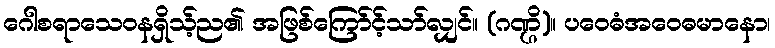
ဂေါစရာသေဝနရှိသ့်ည၏ အဖြစ်ကြော်င့်သာ်လျှင်။ (ဂဏ္ဌိ)။ ပဝေဓံအဝေဓမာနော၊